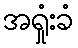
အရှုံးခံ